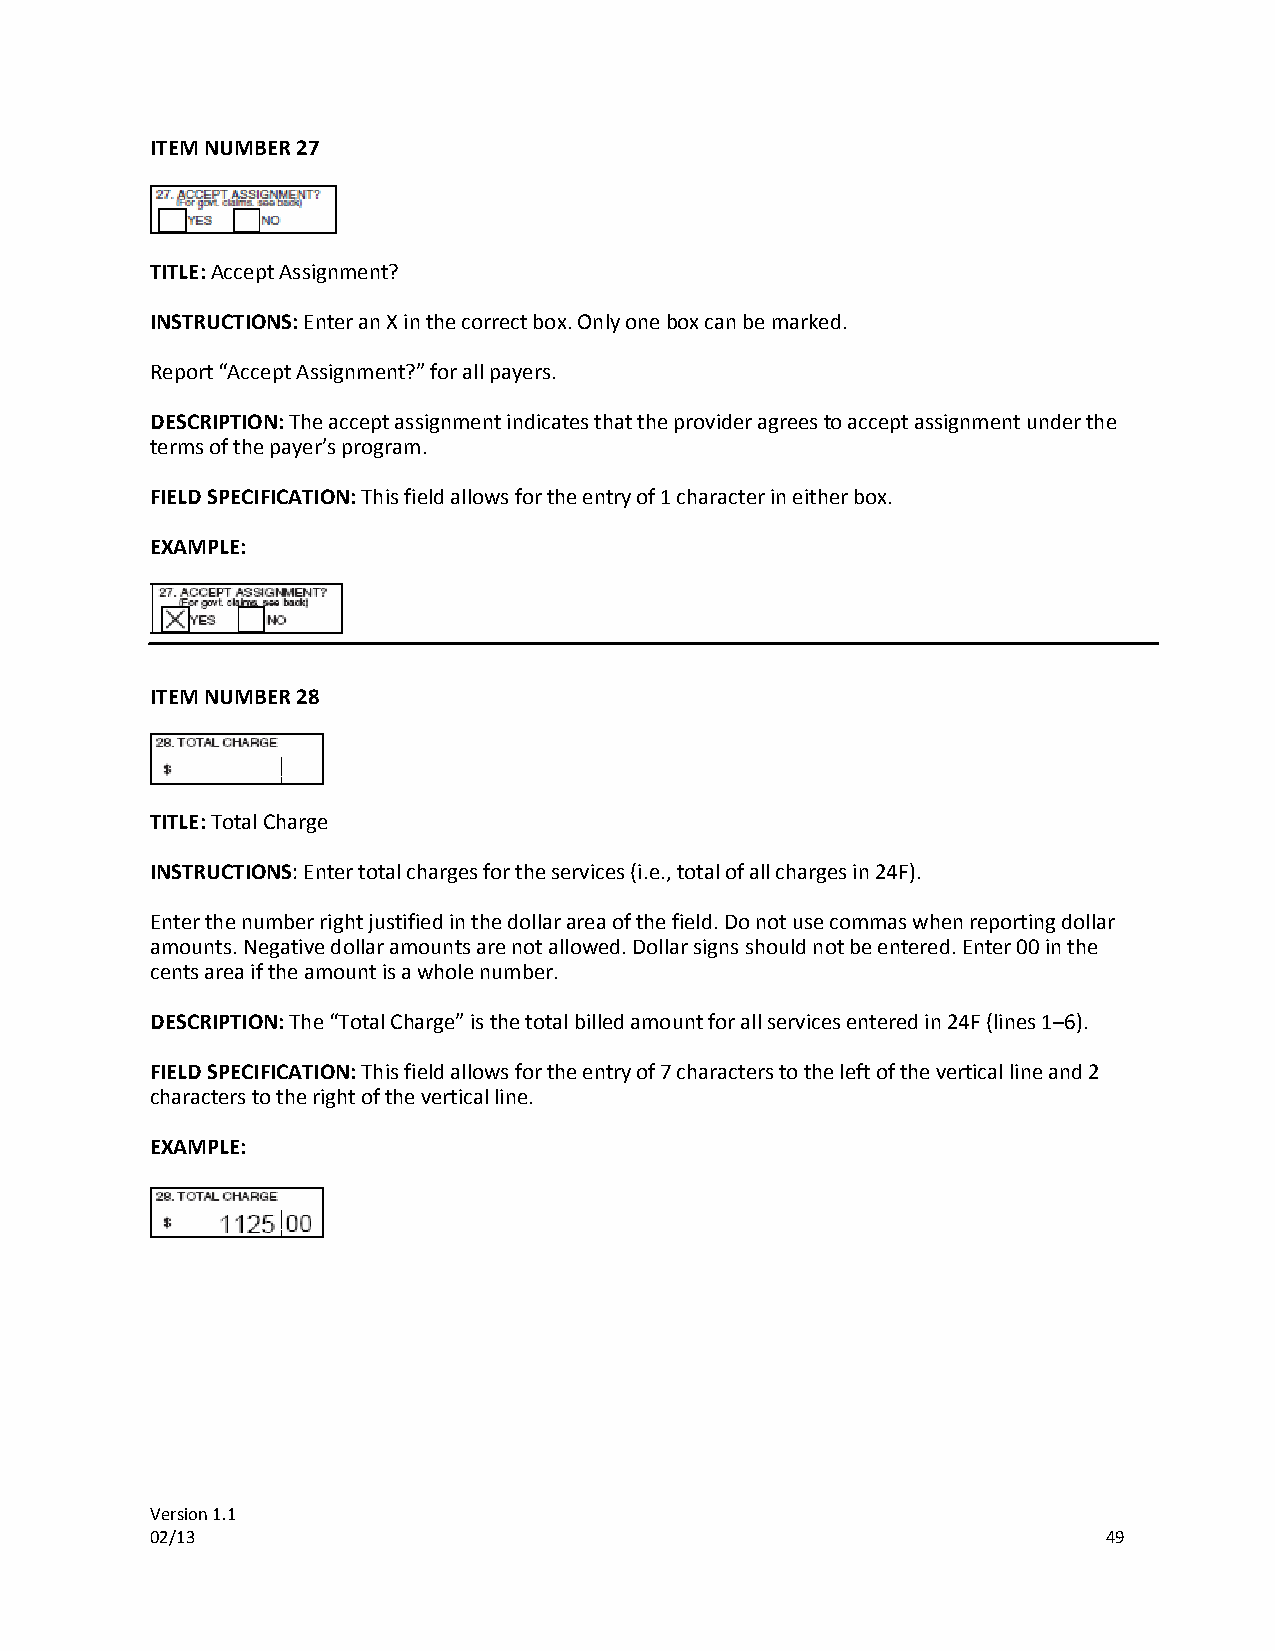
ITEM NUMBER 27
 TITLE: Accept Assignment?
 INSTRUCTIONS: Enter an X in the correct box. Only one box can be marked.
 Report “Accept Assignment?” for all payers.
 DESCRIPTION: The accept assignment indicates that the provider agrees to accept assignment under the
 terms of the payer’s program.
 FIELD SPECIFICATION: This field allows for the entry of 1 character in either box.
 EXAMPLE:
 ITEM NUMBER 28
 TITLE: Total Charge
 INSTRUCTIONS: Enter total charges for the services (i.e., total of all charges in 24F).
 Enter the number right justified in the dollar area of the field. Do not use commas when reporting dollar
 amounts. Negative dollar amounts are not allowed. Dollar signs should not be entered. Enter 00 in the
 cents area if the amount is a whole number.
 DESCRIPTION: The “Total Charge” is the total billed amount for all services entered in 24F (lines 1–6).
 FIELD SPECIFICATION: This field allows for the entry of 7 characters to the left of the vertical line and 2
 characters to the right of the vertical line.
 EXAMPLE:
 Version 1.1
 02/13                                                          49